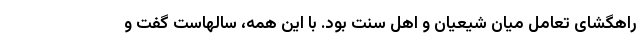
راهگشای تعامل میان شیعیان و اهل سنت بود. با این همه، سالهاست گفت و